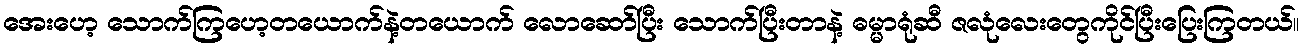
အေးဟေ့ သောက်ကြဟေ့တယောက်နဲ့တယောက် လောဆော်ပြီး သောက်ပြီးတာနဲ့ ဓမ္မာရုံဆီ ဇလုံလေးတွေကိုင်ပြီးပြေးကြတယ်။